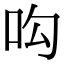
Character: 𠯜